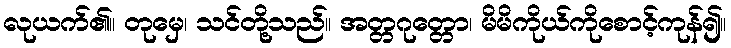
လုယက်၏။ တုမှေ၊ သင်တို့သည်။ အတ္တဂုတ္တော၊ မိမိကိုယ်ကိုစောင့်ကုန်၍။